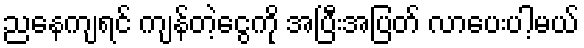
ညနေကျရင် ကျန်တဲ့ငွေကို အပြီးအပြတ် လာပေးပါ့မယ်